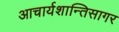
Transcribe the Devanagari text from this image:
आचार्यशान्तिसागर